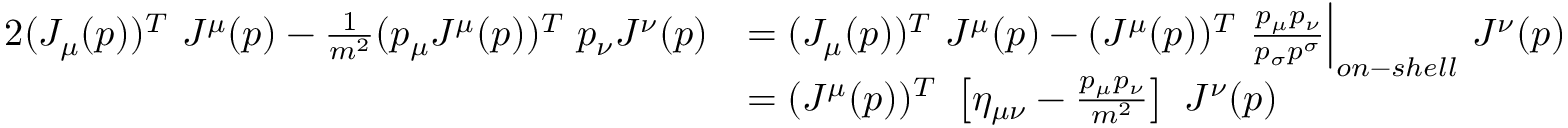
{ \begin{array} { r l } { { 2 } ( J _ { \mu } ( p ) ) ^ { T } ~ J ^ { \mu } ( p ) - { \frac { 1 } { m ^ { 2 } } } ( p _ { \mu } J ^ { \mu } ( p ) ) ^ { T } ~ p _ { \nu } J ^ { \nu } ( p ) } & { = ( J _ { \mu } ( p ) ) ^ { T } ~ J ^ { \mu } ( p ) - ( J ^ { \mu } ( p ) ) ^ { T } ~ { \frac { p _ { \mu } p _ { \nu } } { p _ { \sigma } p ^ { \sigma } } } { \Big | } _ { o n - s h e l l } ~ J ^ { \nu } ( p ) } \\ & { = ( J ^ { \mu } ( p ) ) ^ { T } ~ \left[ \eta _ { \mu \nu } - { \frac { p _ { \mu } p _ { \nu } } { m ^ { 2 } } } \right] ~ J ^ { \nu } ( p ) } \end{array} }